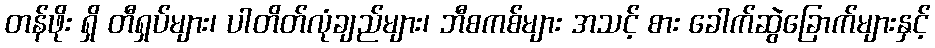
တန်ဖိုး ရှိ တီရှပ်များ၊ ပါတိတ်လုံချည်များ၊ ဘီစကစ်များ အသင့် စား ခေါက်ဆွဲခြောက်များနှင့်